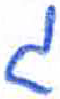
אות: ג